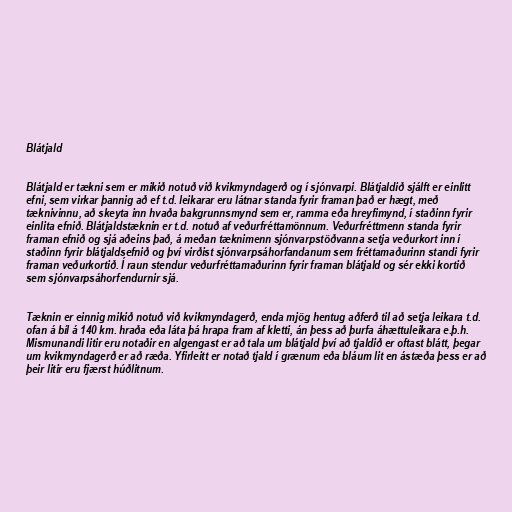
Blátjald

Blátjald er tækni sem er mikið notuð við kvikmyndagerð og í sjónvarpi. Blátjaldið sjálft er einlitt
efni, sem virkar þannig að ef t.d. leikarar eru látnar standa fyrir framan það er hægt, með
tæknivinnu, að skeyta inn hvaða bakgrunnsmynd sem er, ramma eða hreyfimynd, í staðinn fyrir
einlita efnið. Blátjaldstæknin er t.d. notuð af veðurfréttamönnum. Veðurfréttmenn standa fyrir
framan efnið og sjá aðeins það, á meðan tæknimenn sjónvarpstöðvanna setja veðurkort inn í
staðinn fyrir blátjaldsefnið og því virðist sjónvarpsáhorfandanum sem fréttamaðurinn standi fyrir
framan veðurkortið. Í raun stendur veðurfréttamaðurinn fyrir framan blátjald og sér ekki kortið
sem sjónvarpsáhorfendurnir sjá.

Tæknin er einnig mikið notuð við kvikmyndagerð, enda mjög hentug aðferð til að setja leikara t.d.
ofan á bíl á 140 km. hraða eða láta þá hrapa fram af kletti, án þess að þurfa áhættuleikara e.þ.h.
Mismunandi litir eru notaðir en algengast er að tala um blátjald því að tjaldið er oftast blátt, þegar
um kvikmyndagerð er að ræða. Yfirleitt er notað tjald í grænum eða bláum lit en ástæða þess er að
þeir litir eru fjærst húðlitnum.